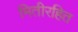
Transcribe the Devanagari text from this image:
मितीरहित